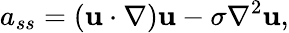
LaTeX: a_{ss}=({\mathbf u}\cdot{\mathbf\nabla}){\mathbf u}-\sigma\nabla^{2}{\mathbf u},